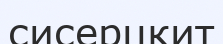
сисерцкит